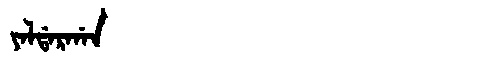
Manchu: ᠶᠠᠯᡩᠠᡵᡤᠠᠨ
Romanization: YALDARGAN